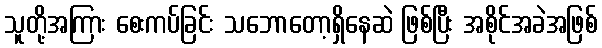
သူတို့အကြား စေးကပ်ခြင်း သဘောတော့ရှိနေဆဲ ဖြစ်ပြီး အစိုင်အခဲအဖြစ်